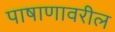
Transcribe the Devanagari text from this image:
पाषाणावरील